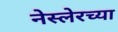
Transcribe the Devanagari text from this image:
नेस्लेरच्या